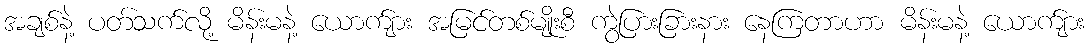
အချစ်နဲ့ ပတ်သက်လို့ မိန်းမနဲ့ ယောက်ျား အမြင်တစ်မျိုးစီ ကွဲပြားခြားနား နေကြတာဟာ မိန်းမနဲ့ ယောက်ျား